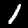
Digit: 1